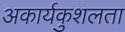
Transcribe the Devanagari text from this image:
अकार्यकुशलता